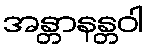
အန္တာနန္တဝါ